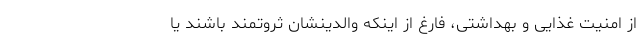
از امنیت غذایی و بهداشتی، فارغ از اینکه والدینشان ثروتمند باشند یا